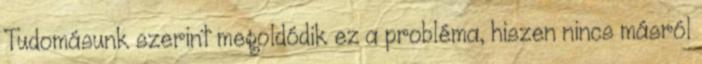
Tudomásunk szerint megoldódik ez a probléma, hiszen nincs másról